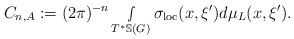
\begin{align*} C_{n,A}:= (2\pi)^{-n} \smallint\limits_{T^*\mathbb{S}(G)}\sigma_{\textnormal{loc}}(x,\xi')d\mu_L(x,\xi').\end{align*}